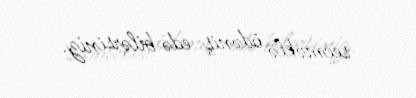
seçməklə ödəniş edə bilərsiniz.